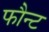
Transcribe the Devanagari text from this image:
फौन्ट